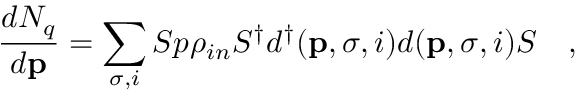
{ \frac { d N _ { q } } { d { \bf p } } } = \sum _ { \sigma , i } S p \rho _ { i n } S ^ { \dag } d ^ { \dag } ( { \bf p } , \sigma , i ) d ( { \bf p } , \sigma , i ) S ~ ~ ~ ,